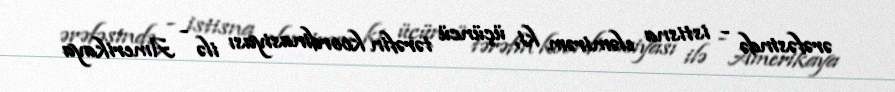
ərəfəsində - istisna eləmirəm ki, üçüncü tərəfin koordinasiyası ilə - Amerikaya